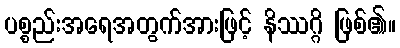
ပစ္စည်းအရေအတွက်အားဖြင့် နိဿဂ္ဂိ ဖြစ်၏။